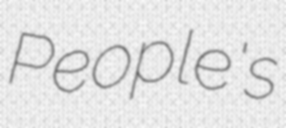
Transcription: People's